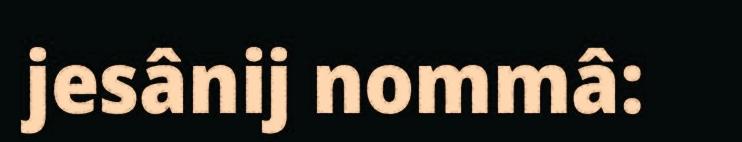
jesânij nommâ: